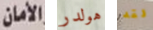
الأمان هولدر لقد